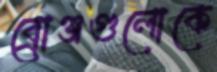
ব্রোঞ্জগুলোকে